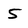
Character: 5